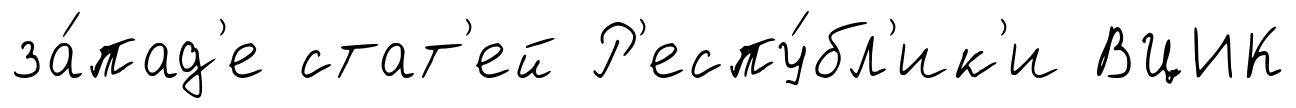
за́пад'е стат'ей Р'еспу́бл'ик'и ВЦИК